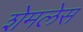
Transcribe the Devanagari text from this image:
शेमलेस